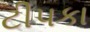
ટીપકા